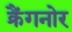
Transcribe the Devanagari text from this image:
क्रैंगनोर